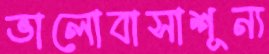
ভালোবাসাশূন্য